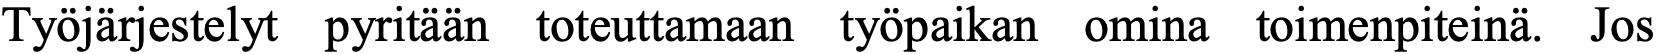
Työjärjestelyt pyritään toteuttamaan työpaikan omina toimenpiteinä. Jos